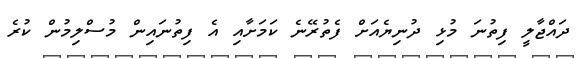
ދައްޖާލީ ފިތުނަ މުޅި ދުނިޔެއަށް ފެތުރޭނެ ކަމަށާއި އެ ފިތުނައިން މުސްލިމުން ކުރެ